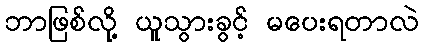
ဘာဖြစ်လို့ ယူသွားခွင့် မပေးရတာလဲ